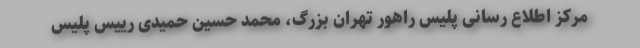
مرکز اطلاع رسانی پلیس راهور تهران بزرگ، محمد حسین حمیدی رییس پلیس